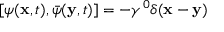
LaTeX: \left[ \psi ( { \bf x } , t ) , \bar { \psi } ( { \bf y } , t ) \right] = - \gamma ^ { 0 } \delta ( { \bf x } - { \bf y } )